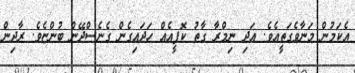
އެކަމުން މަނާވެގަތީއެވެ. އަދި ނިމްރާ ގާތު ކޮފީއެއް ހަދައިގެން ގެނެސްދޭން ބުންޏެވެ. ރާދިން